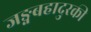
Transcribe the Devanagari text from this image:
जङ्गबहादुरकी